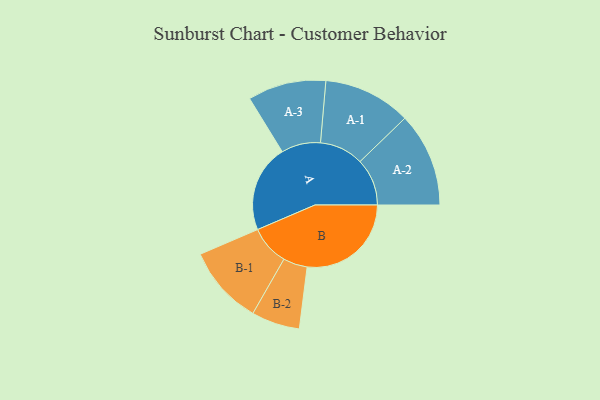
{"axis": {"x": "Segment", "y": "Value"}, "legend": ["", "A", "B"], "data": [{"x": "A", "y": 408, "type": ""}, {"x": "B", "y": 486, "type": ""}, {"x": "A-1", "y": 205, "type": "A"}, {"x": "A-2", "y": 220, "type": "A"}, {"x": "A-3", "y": 183, "type": "A"}, {"x": "B-1", "y": 185, "type": "B"}, {"x": "B-2", "y": 113, "type": "B"}]}